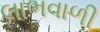
લાભવાળી